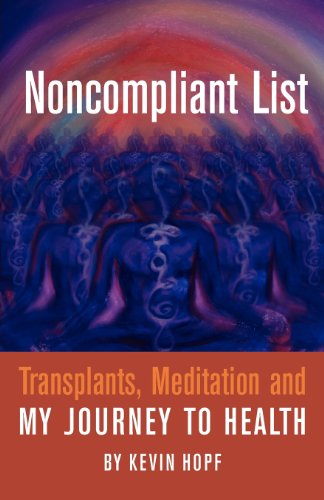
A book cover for Noncompliant List: Transplants, Meditation and My Journey to Health; Kevin Hopf; Health, Fitness & Dieting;